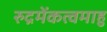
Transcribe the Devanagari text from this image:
रुद्रमेंकत्वमाहु